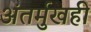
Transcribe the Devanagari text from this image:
अंतर्मुखही